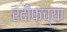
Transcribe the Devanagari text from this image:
रदीफच्या